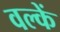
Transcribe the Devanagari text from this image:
वल्कें